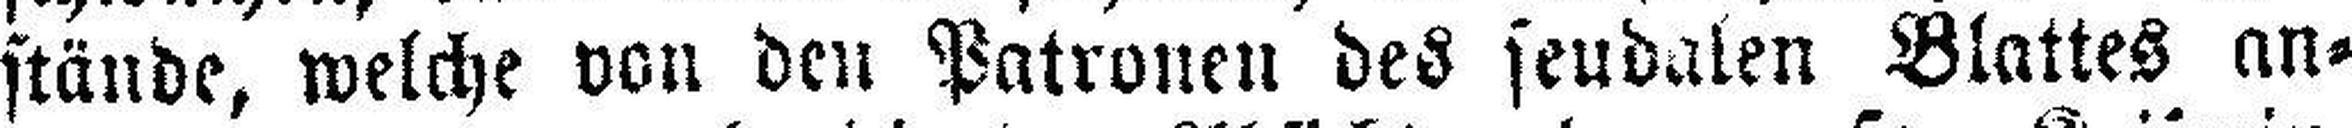
stände, welche von den Patronen des feudalen Blattes an¬